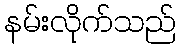
နမ်းလိုက်သည်